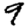
Digit: 9